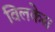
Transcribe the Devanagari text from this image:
विलकेस